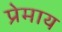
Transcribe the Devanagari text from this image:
प्रेमाय